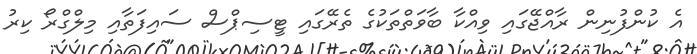
އެ ކުންފުނިން ރާއްޖޭގައި ވިއްކާ ބާވަތްތަކުގެ ތެރޭގައި ޓީސިޕްސް ސައިފަތާއި މިލްގްރޯ ކިރު